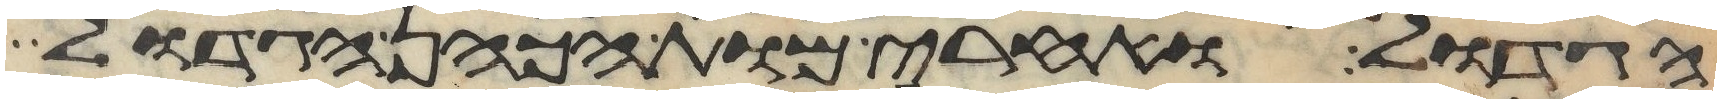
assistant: הגדול ואחרי מות הכהן הגדול